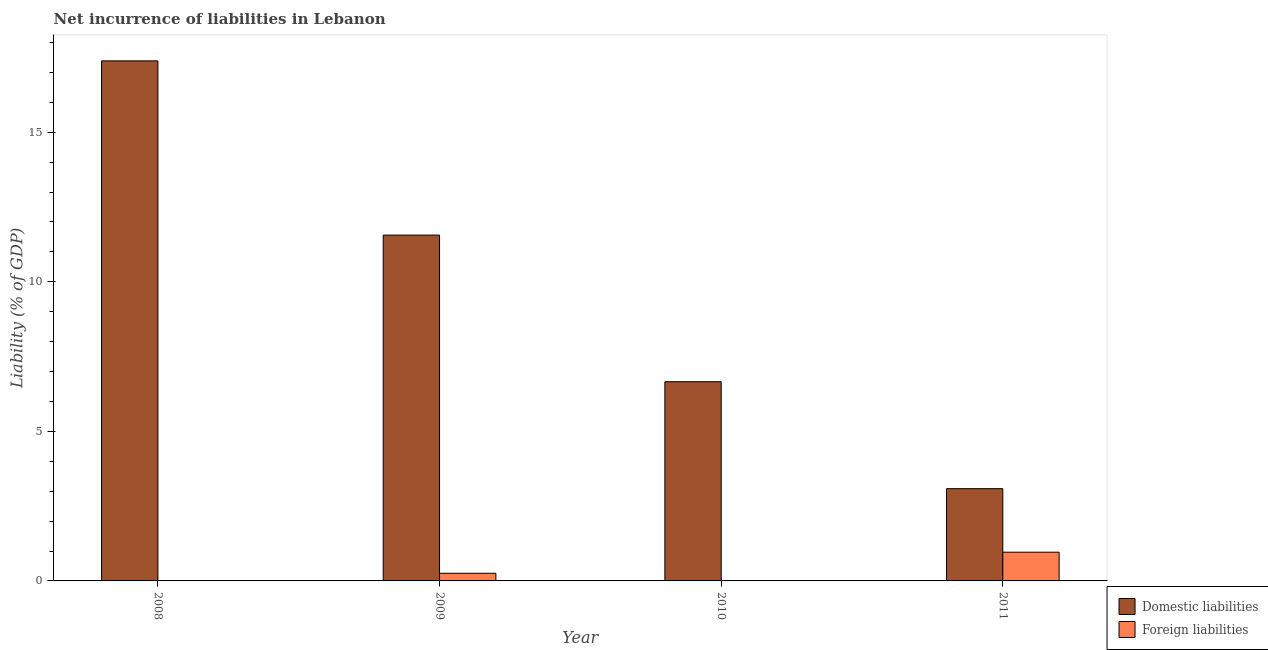
| Year | Domestic liabilities | Foreign liabilities |
 | --- | --- | --- |
 | 2008 | 17.4 | -0.121 |
 | 2009 | 11.6 | 0.256 |
 | 2010 | 6.66 | -1.95 |
 | 2011 | 3.08 | 0.96 |